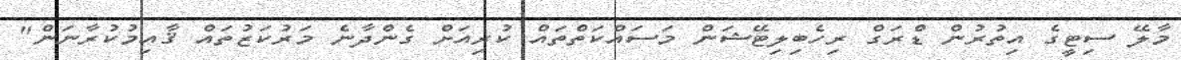
މާލޭ ސިޓީގެ އިތުރުން ޑްރަގް ރިހެބިލިޓޭޝަން މަސައްކަތްތައް ކުރިއަށް ގެންދާނެ މަރުކަޒުތައް ޤާއިމުކުރާނަން"